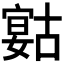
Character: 𡪻